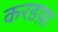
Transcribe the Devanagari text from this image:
करडय़ा